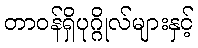
တာဝန်ရှိပုဂ္ဂိုလ်များနှင့်